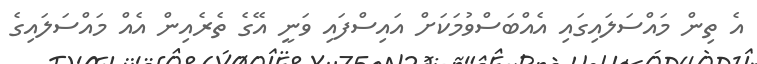
އެ ތިން މައްސަލައިގައި އެއްބަސްވުމަކަށް އައިސްފައި ވަނީ އޭގެ ތެރެއިން އެއް މައްސަލައިގެ